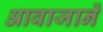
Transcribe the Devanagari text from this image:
आवाजानें